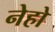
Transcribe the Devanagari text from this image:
नेहो